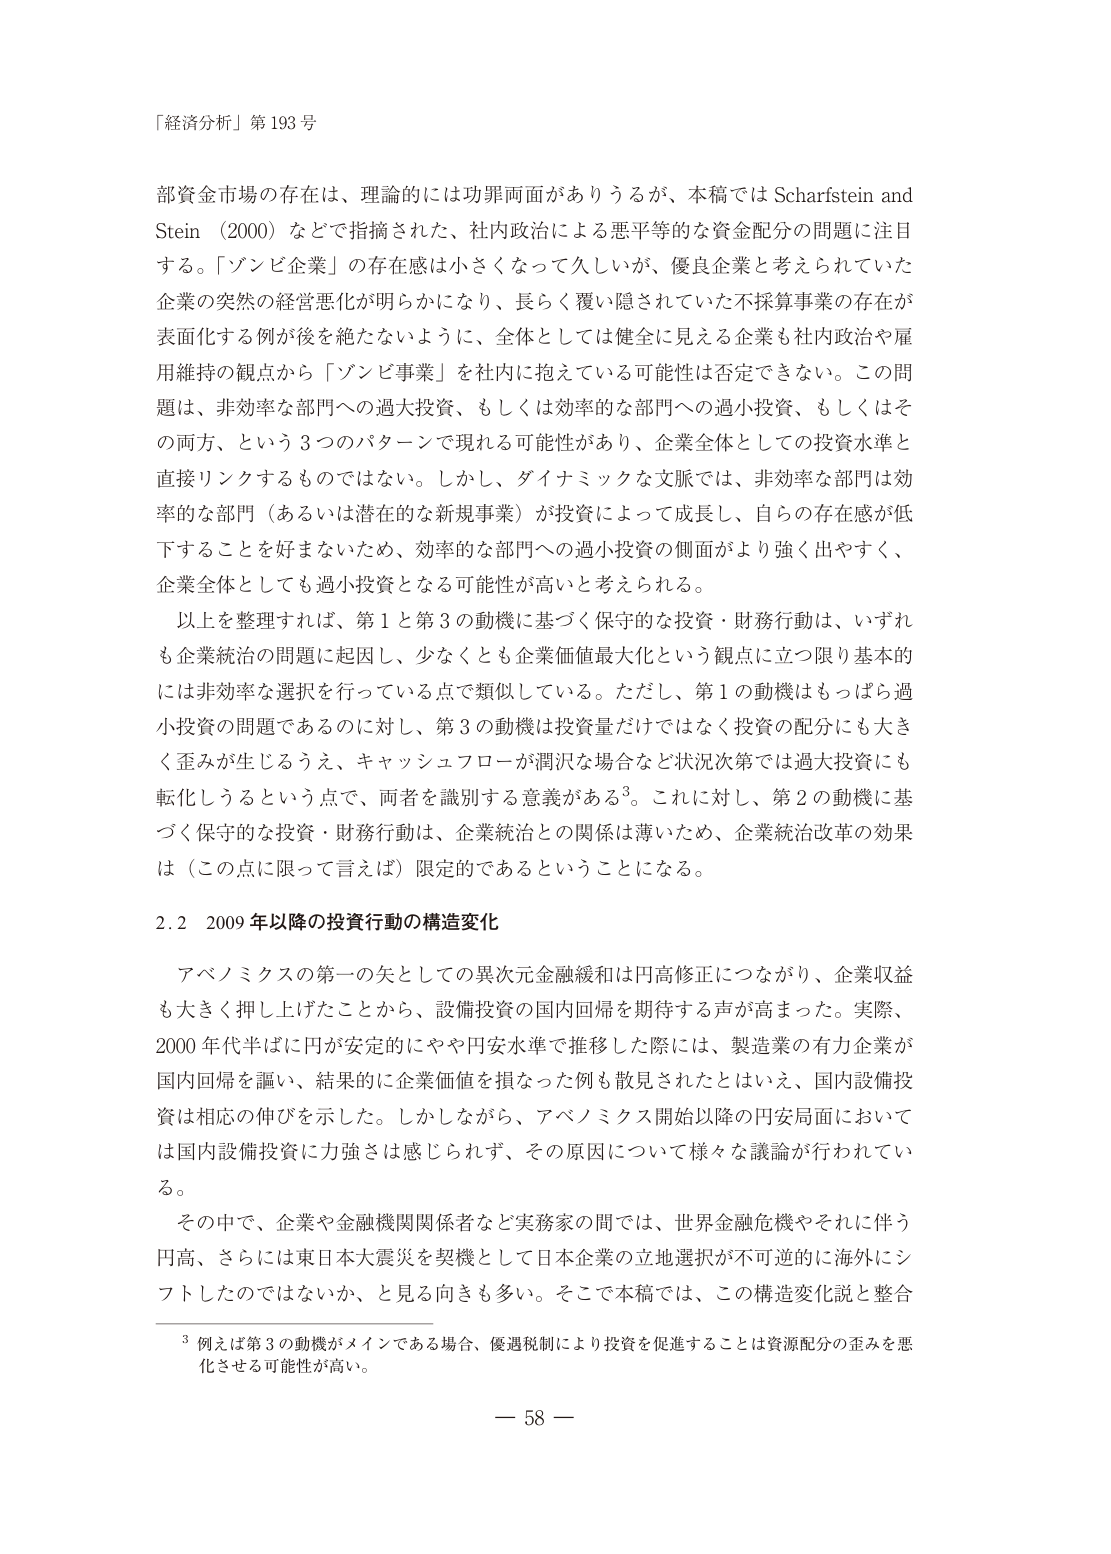
「経済分析」第193号

部資金市場の存在は、理論的には功罪両面がありうるが、本稿ではScharfstein and Stein（2000）などで指摘された、社内政治による悪平等的な資金配分の問題に注目する。「ゾンビ企業」の存在感は小さくなって久しいが、優良企業と考えられていた企業の突然の経営悪化が明らかになり、長らく覆い隠されていた不採算事業の存在が表面化する例が後を絶たないように、全体としては健全に見える企業も社内政治や雇用維持の観点から「ゾンビ事業」を社内に抱えている可能性は否定できない。この問題は、非効率な部門への過大投資、もしくは効率的な部門への過小投資、もしくはその両方、という3つのパターンで現れる可能性があり、企業全体としての投資水準と直接リンクするものではない。しかし、ダイナミックな文脈では、非効率な部門は効率的な部門（あるいは潜在的な新規事業）が投資によって成長し、自らの存在感が低下することを好まないため、効率的な部門への過小投資の側面がより強く出やすく、企業全体としても過小投資となる可能性が高いと考えられる。

以上を整理すれば、第1と第3の動機に基づく保守的な投資・財務行動は、いずれも企業統治の問題に起因し、少なくとも企業価値最大化という観点に立つ限り基本的には非効率な選択を行っている点で類似している。ただし、第1の動機はもっぱら過小投資の問題であるのに対し、第3の動機は投資量だけではなく投資の配分にも大きく歪みが生じるうえ、キャッシュフローが渾濁な場合など状況次第では過大投資にも転化しうるという点で、両者を識別する意義がある³。これに対し、第2の動機に基づく保守的な投資・財務行動は、企業統治との関係は薄いため、企業統治改革の効果は（この点に限って言えば）限定的であるということになる。

2.2 2009年以降の投資行動の構造変化

アベノミクスの第一の矢としての異次元金融緩和は円高修正につながり、企業収益も大きく押し上げたことから、設備投資の国内回帰を期待する声が高まった。実際、2000年代半ばに円が安定的にやや円安水準で推移した際には、製造業の有力企業が国内回帰を謳い、結果的に企業価値を損なった例も散見されたとはいえ、国内設備投資は相応の伸びを示した。しかしながら、アベノミクス開始以降の円安局面においては国内設備投資に力強さは感じられず、その原因について様々な議論が行われている。

その中で、企業や金融機関関係者など実務家の間では、世界金融危機やそれに伴う円高、さらには東日本大震災を契機として日本企業の立地選択が不可逆的に海外にシフトしたのではないか、と見る向きも多い。そこで本稿では、この構造変化説と整合

³ 例えば第3の動機がメインである場合、優遇税制により投資を促進することは資源配分の歪みを悪化させる可能性が高い。

— 58 —